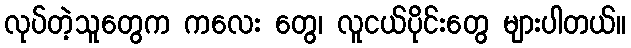
လုပ်တဲ့သူတွေက ကလေး တွေ၊ လူငယ်ပိုင်းတွေ များပါတယ်။